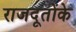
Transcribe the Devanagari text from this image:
राजदूतोंके